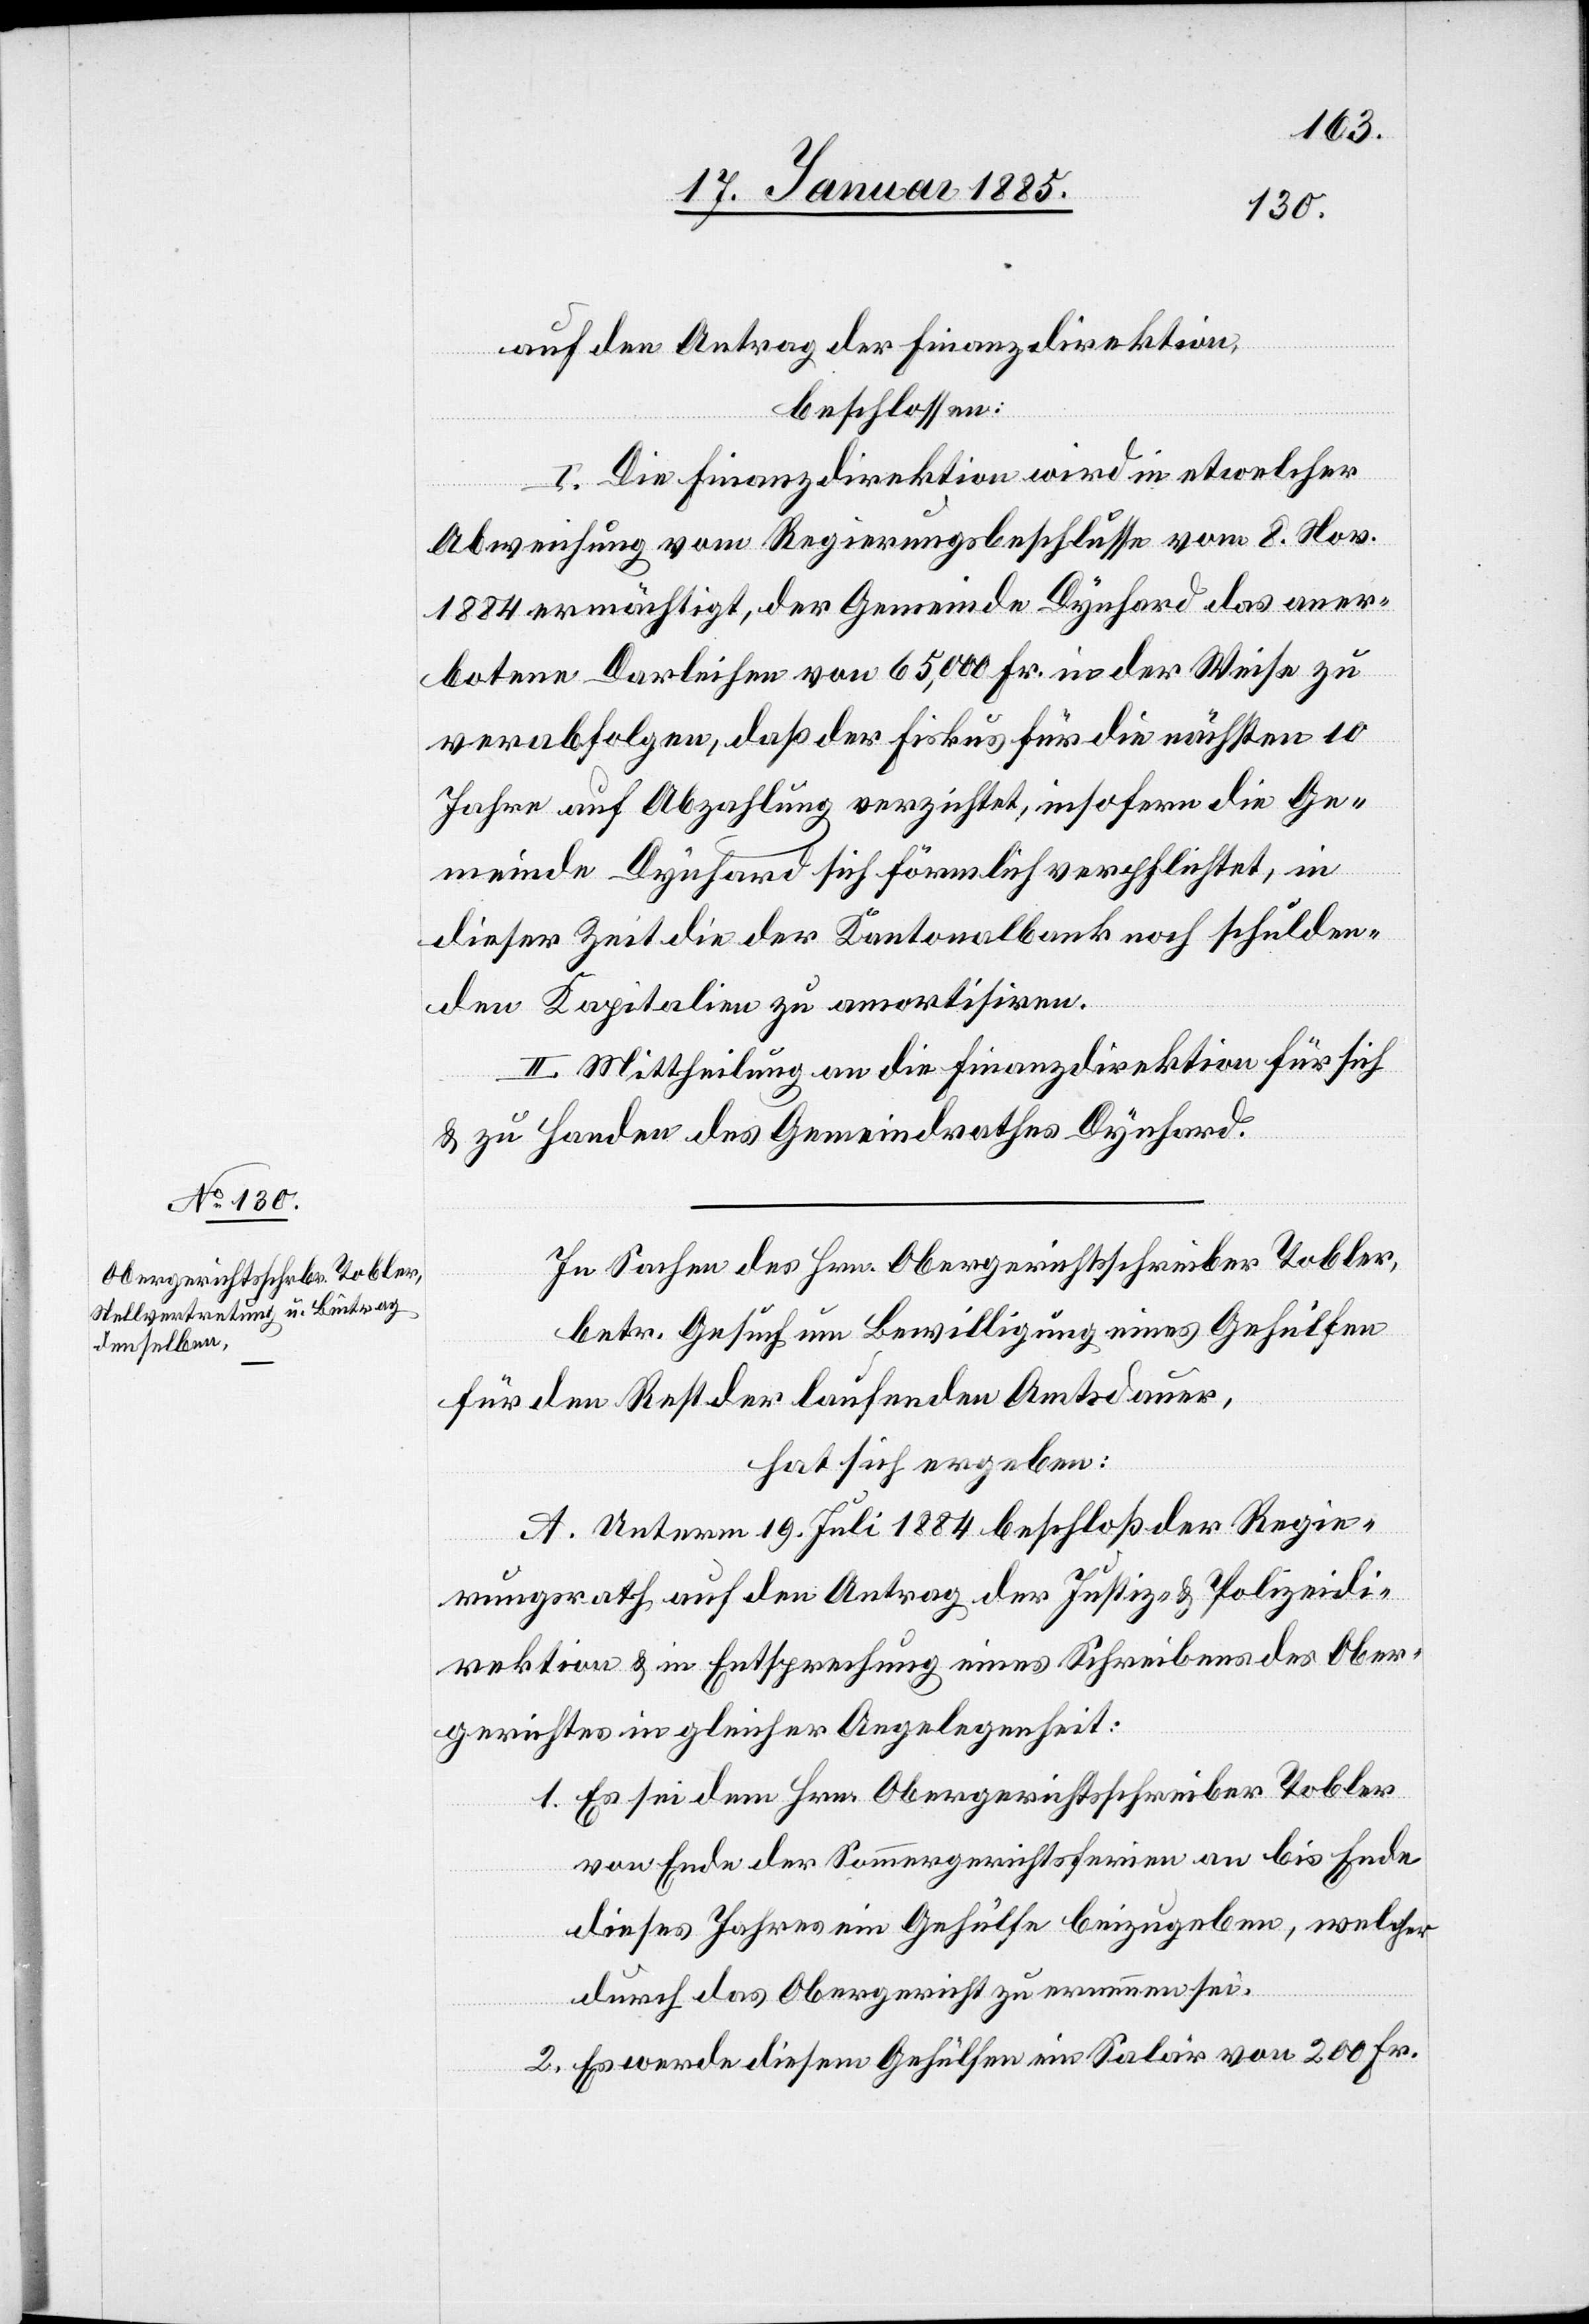
auf den Antrag der Finanzdirektion,
beschlossen:
I. Die Finanzdirektion wird in etwelcher
Abweisung vom Regierungsrathsbeschlusse vom 8. Nov.
1884 ermächtigt, der Gemeinde Dynhard das aner¬
botene Darleihen von 65,000 Fr. in der Weise zu
verabfolgen, daß der Fiskus für die nächsten 10
Jahren auf Abzahlung verzichtet, insofern die Ge¬
meinde Dynhard sich förmlich verpflichtet, in
dieser Zeit die der Kantonalbank noch schulden¬
den Kapitalien zu amortisiren.
II. Mittheilung an die Finanzdirektion für sich
& zu Handen des Gemeindrathes Dynhard.